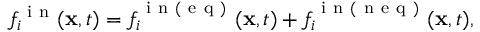
f _ { i } ^ { \mathrm { ~ i ~ n ~ } } ( \mathbf { x } , t ) = f _ { i } ^ { \mathrm { ~ i ~ n ~ ( ~ e ~ q ~ ) ~ } } ( \mathbf { x } , t ) + f _ { i } ^ { \mathrm { ~ i ~ n ~ ( ~ n ~ e ~ q ~ ) ~ } } ( \mathbf { x } , t ) ,